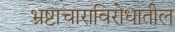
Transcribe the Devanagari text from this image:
भ्रष्टाचाराविरोधातील